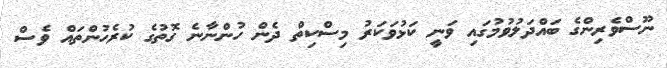
ނޫސްވެރިންގެ ބައްދަލުވުމުގައި ވަނީ ކަޅުވަކަރު މިސްކިތް ދެން ހުންނާނެ ގޮތުގެ ކުރެހުންތައް ވެސް